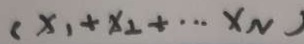
( x _ { 1 } + x _ { 2 } + \cdots + x _ { N }